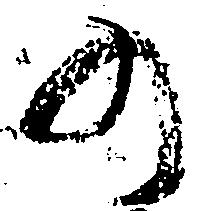
の